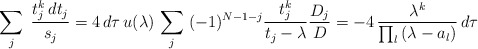
\begin{align*}\sum_j\;{t_j^k \,dt_j\over s_j}=4\,d\tau\,u(\lambda)\,\sum_j\;(-1)^{N-1-j}{t_j^k\over t_j-\lambda}{D_j\over D}=-4\,{\lambda^k\over \prod_l\,(\lambda -a_l)}\,d\tau\end{align*}